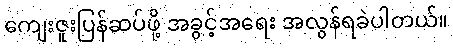
ကျေးဇူးပြန်ဆပ်ဖို့ အခွင့်အရေး အလွန်ရခဲပါတယ်။